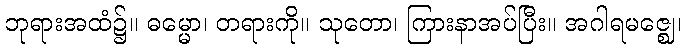
ဘုရားအထံ၌။ ဓမ္မော၊ တရားကို။ သုတော၊ ကြားနာအပ်ပြီး။ အဂါရမဇ္ဈေ၊